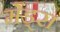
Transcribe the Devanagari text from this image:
मेंड्स